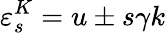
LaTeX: \varepsilon_{s}^{K}=u\pm s\gamma k